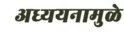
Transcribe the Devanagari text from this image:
अध्ययनामुळे